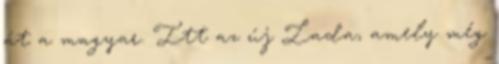
át a magyar. Itt az új Lada, amely még